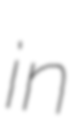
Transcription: in